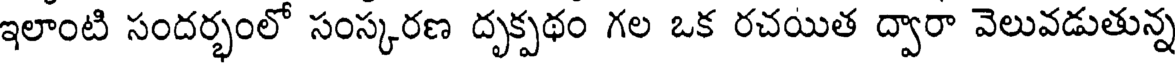
ఇలాంటి సందర్భంలో సంస్కరణ దృక్పథం గల ఒక రచయిత ద్వారా వెలువడుతున్న